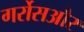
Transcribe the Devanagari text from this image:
गर्रोसऔर